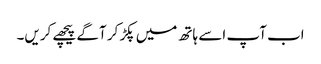
اب آپ اسے ہاتھ میں پکڑ کر آگے پیچھے کریں۔